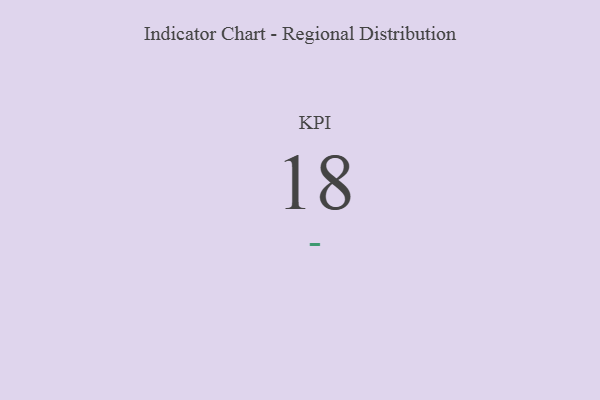
{"axis": {"x": "KPI", "y": "Value"}, "legend": [""], "data": [{"x": "KPI", "y": 18, "type": ""}]}